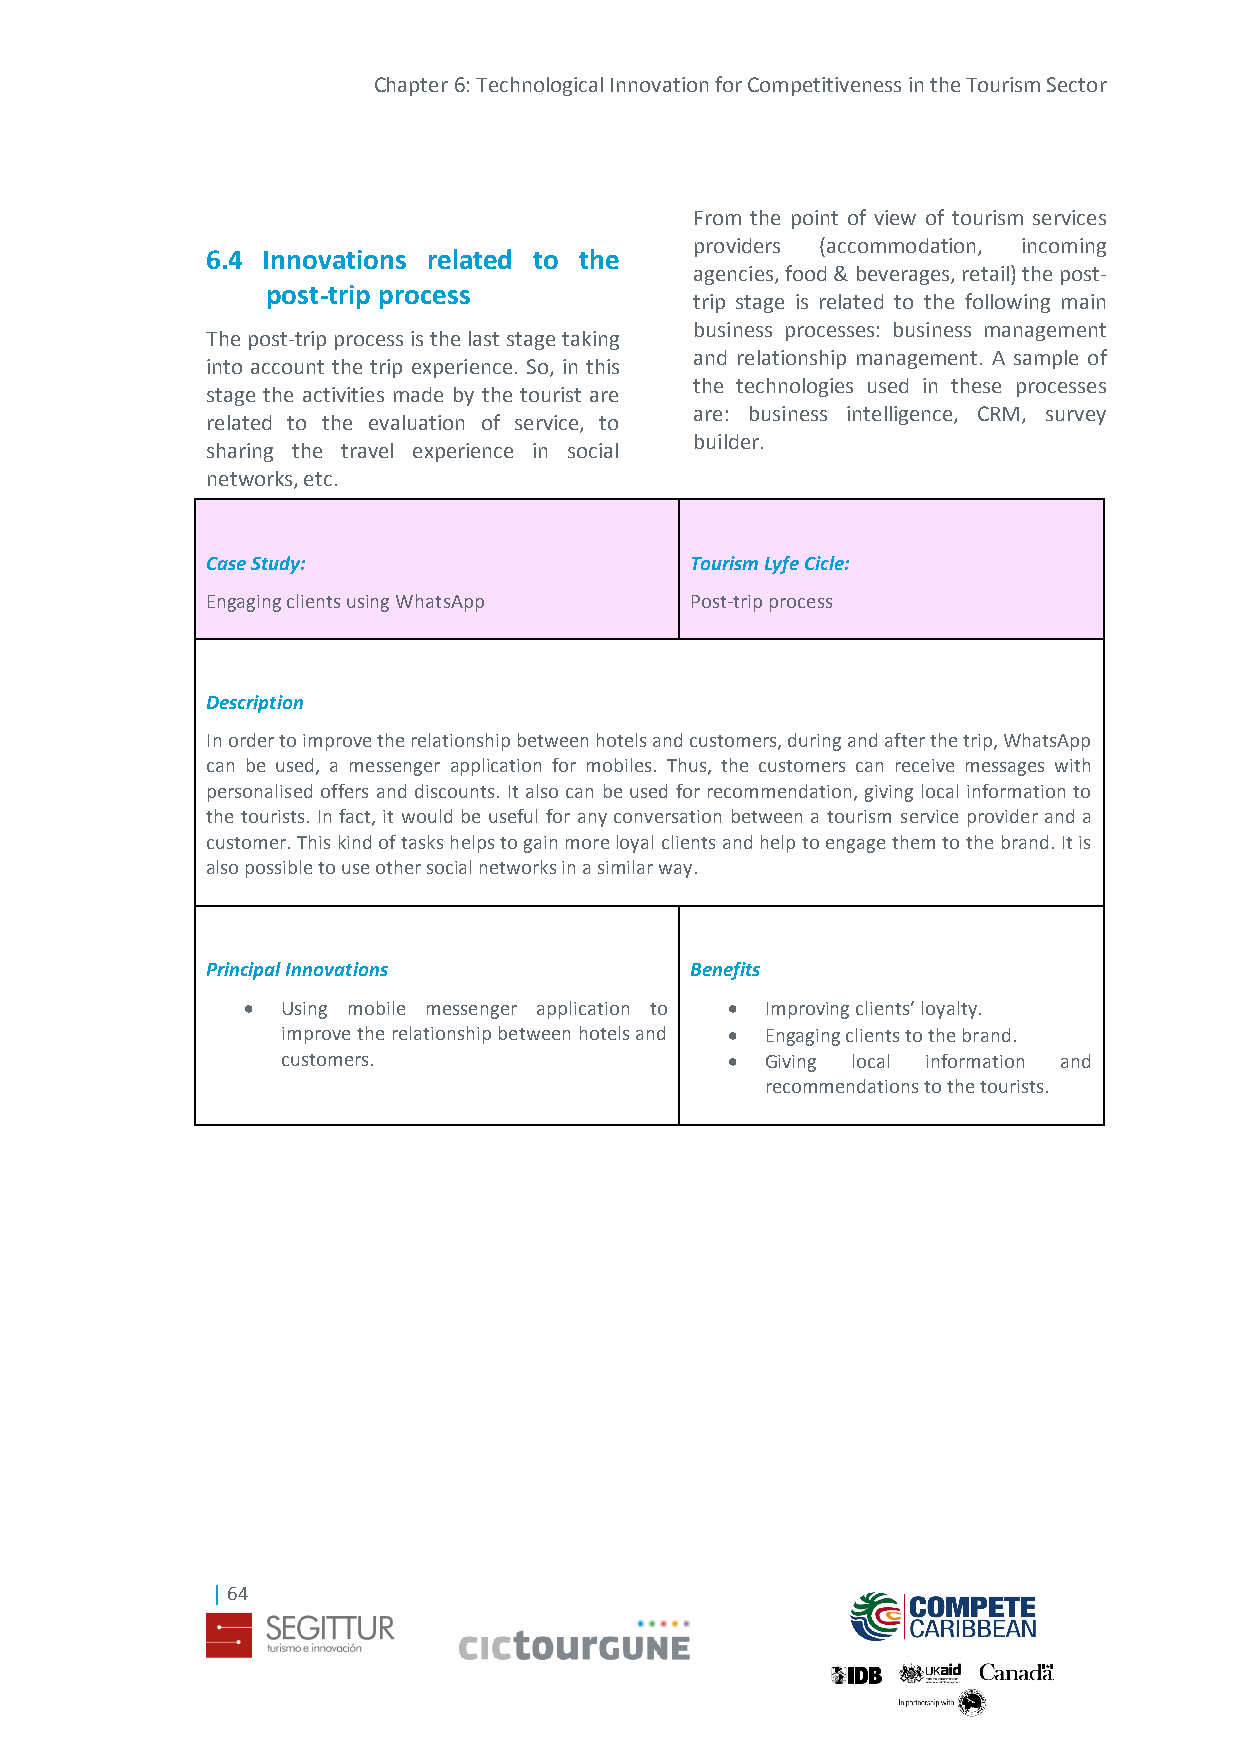
Chapter 6: Technological Innovation for Competitiveness in the Tourism Sector
 From the point of view of tourism services
 providers (accommodation, incoming
 6.4 Innovations related to the
 agencies, food & beverages, retail) the post-
 post-trip process
 trip stage is related to the following main
 business processes: business management
 The post-trip process is the last stage taking
 and relationship management. A sample of
 into account the trip experience. So, in this
 the technologies used in these processes
 stage the activities made by the tourist are
 are: business intelligence, CRM, survey
 related to the evaluation of service, to
 builder.
 sharing the travel experience in social
 networks, etc.
 Case Study:                     Tourism Lyfe Cicle:
 Engaging clients using WhatsApp Post-trip process
 Description
 In order to improve the relationship between hotels and customers, during and after the trip, WhatsApp
 can be used, a messenger application for mobiles. Thus, the customers can receive messages with
 personalised offers and discounts. It also can be used for recommendation, giving local information to
 the tourists. In fact, it would be useful for any conversation between a tourism service provider and a
 customer. This kind of tasks helps to gain more loyal clients and help to engage them to the brand. It is
 also possible to use other social networks in a similar way.
 Principal Innovations           Benefits
   Using mobile messenger application to  Improving clients’ loyalty.
 improve the relationship between hotels and  Engaging clients to the brand.
 customers.                     Giving local information and
 recommendations to the tourists.
 | 64